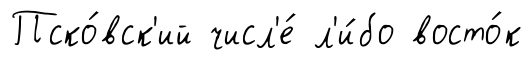
Пско́вск'ий числ'е́ л'и́бо восто́к